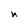
Character: n